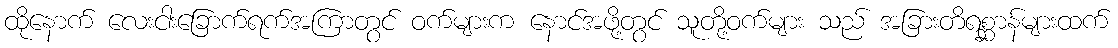
ထိုနောက် လေးငါးခြောက်ရက်အကြာတွင် ဝက်များက နောင်အဖို့တွင် သူတို့ဝက်များ သည် အခြားတိရစ္ဆာန်များထက်